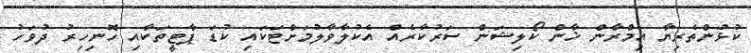
ކުޅުންތެރިޔާ އިމްރާން ޚާން ކޯލިޝަން ސަރުކާރެއް އެކުލާވާލުމަށްޓަކައި ކުޑަ ޕާޓީތަކާއި ހޮނިހިރު ދުވަހު